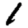
Digit: 1